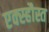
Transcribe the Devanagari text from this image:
एक्स्हौस्त